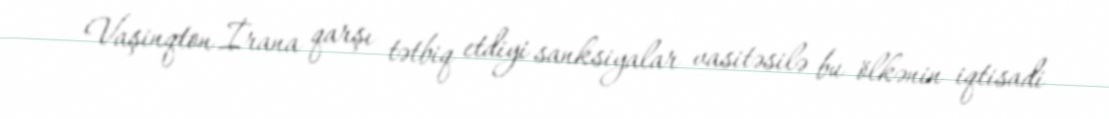
Vaşinqton İrana qarşı tətbiq etdiyi sanksiyalar vasitəsilə bu ölkənin iqtisadi